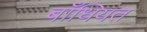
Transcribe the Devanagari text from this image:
बाँधियत